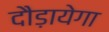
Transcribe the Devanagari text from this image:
दौड़ायेगा